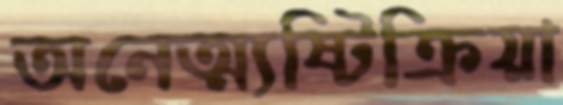
অনেত্ম্যষ্টিক্রিয়া